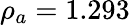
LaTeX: {\rho}_{a}=1.293